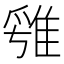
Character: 𨿁